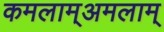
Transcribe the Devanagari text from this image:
कमलाम्अमलाम्